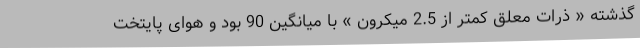
گذشته « ذرات معلق کمتر از 2.5 میکرون » با میانگین 90 بود و هوای پایتخت